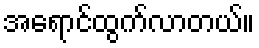
အရောင်ထွက်လာတယ်။